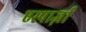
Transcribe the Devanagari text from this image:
एस्पार्ज़ा